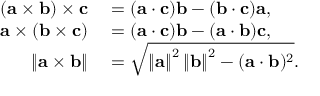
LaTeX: \begin{array} { r l } { ( \mathbf { a } \times \mathbf { b } ) \times \mathbf { c } } & { { } = ( \mathbf { a } \cdot \mathbf { c } ) \mathbf { b } - ( \mathbf { b } \cdot \mathbf { c } ) \mathbf { a } , } \\ { \mathbf { a } \times ( \mathbf { b } \times \mathbf { c } ) } & { { } = ( \mathbf { a } \cdot \mathbf { c } ) \mathbf { b } - ( \mathbf { a } \cdot \mathbf { b } ) \mathbf { c } , } \\ { \left\| \mathbf { a } \times \mathbf { b } \right\| } & { { } = { \sqrt { \left\| \mathbf { a } \right\| ^ { 2 } \left\| \mathbf { b } \right\| ^ { 2 } - ( \mathbf { a } \cdot \mathbf { b } ) ^ { 2 } } } . } \end{array}